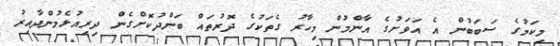
މިކަމުގެ ސަބަބުން އެ އަވަށުގެ އާންމުން މިހާރު ގެތަކުގެ ދޮރުތައް ބަންދުކޮށްގެން ދިރިއުޅެމުންދާއިރު